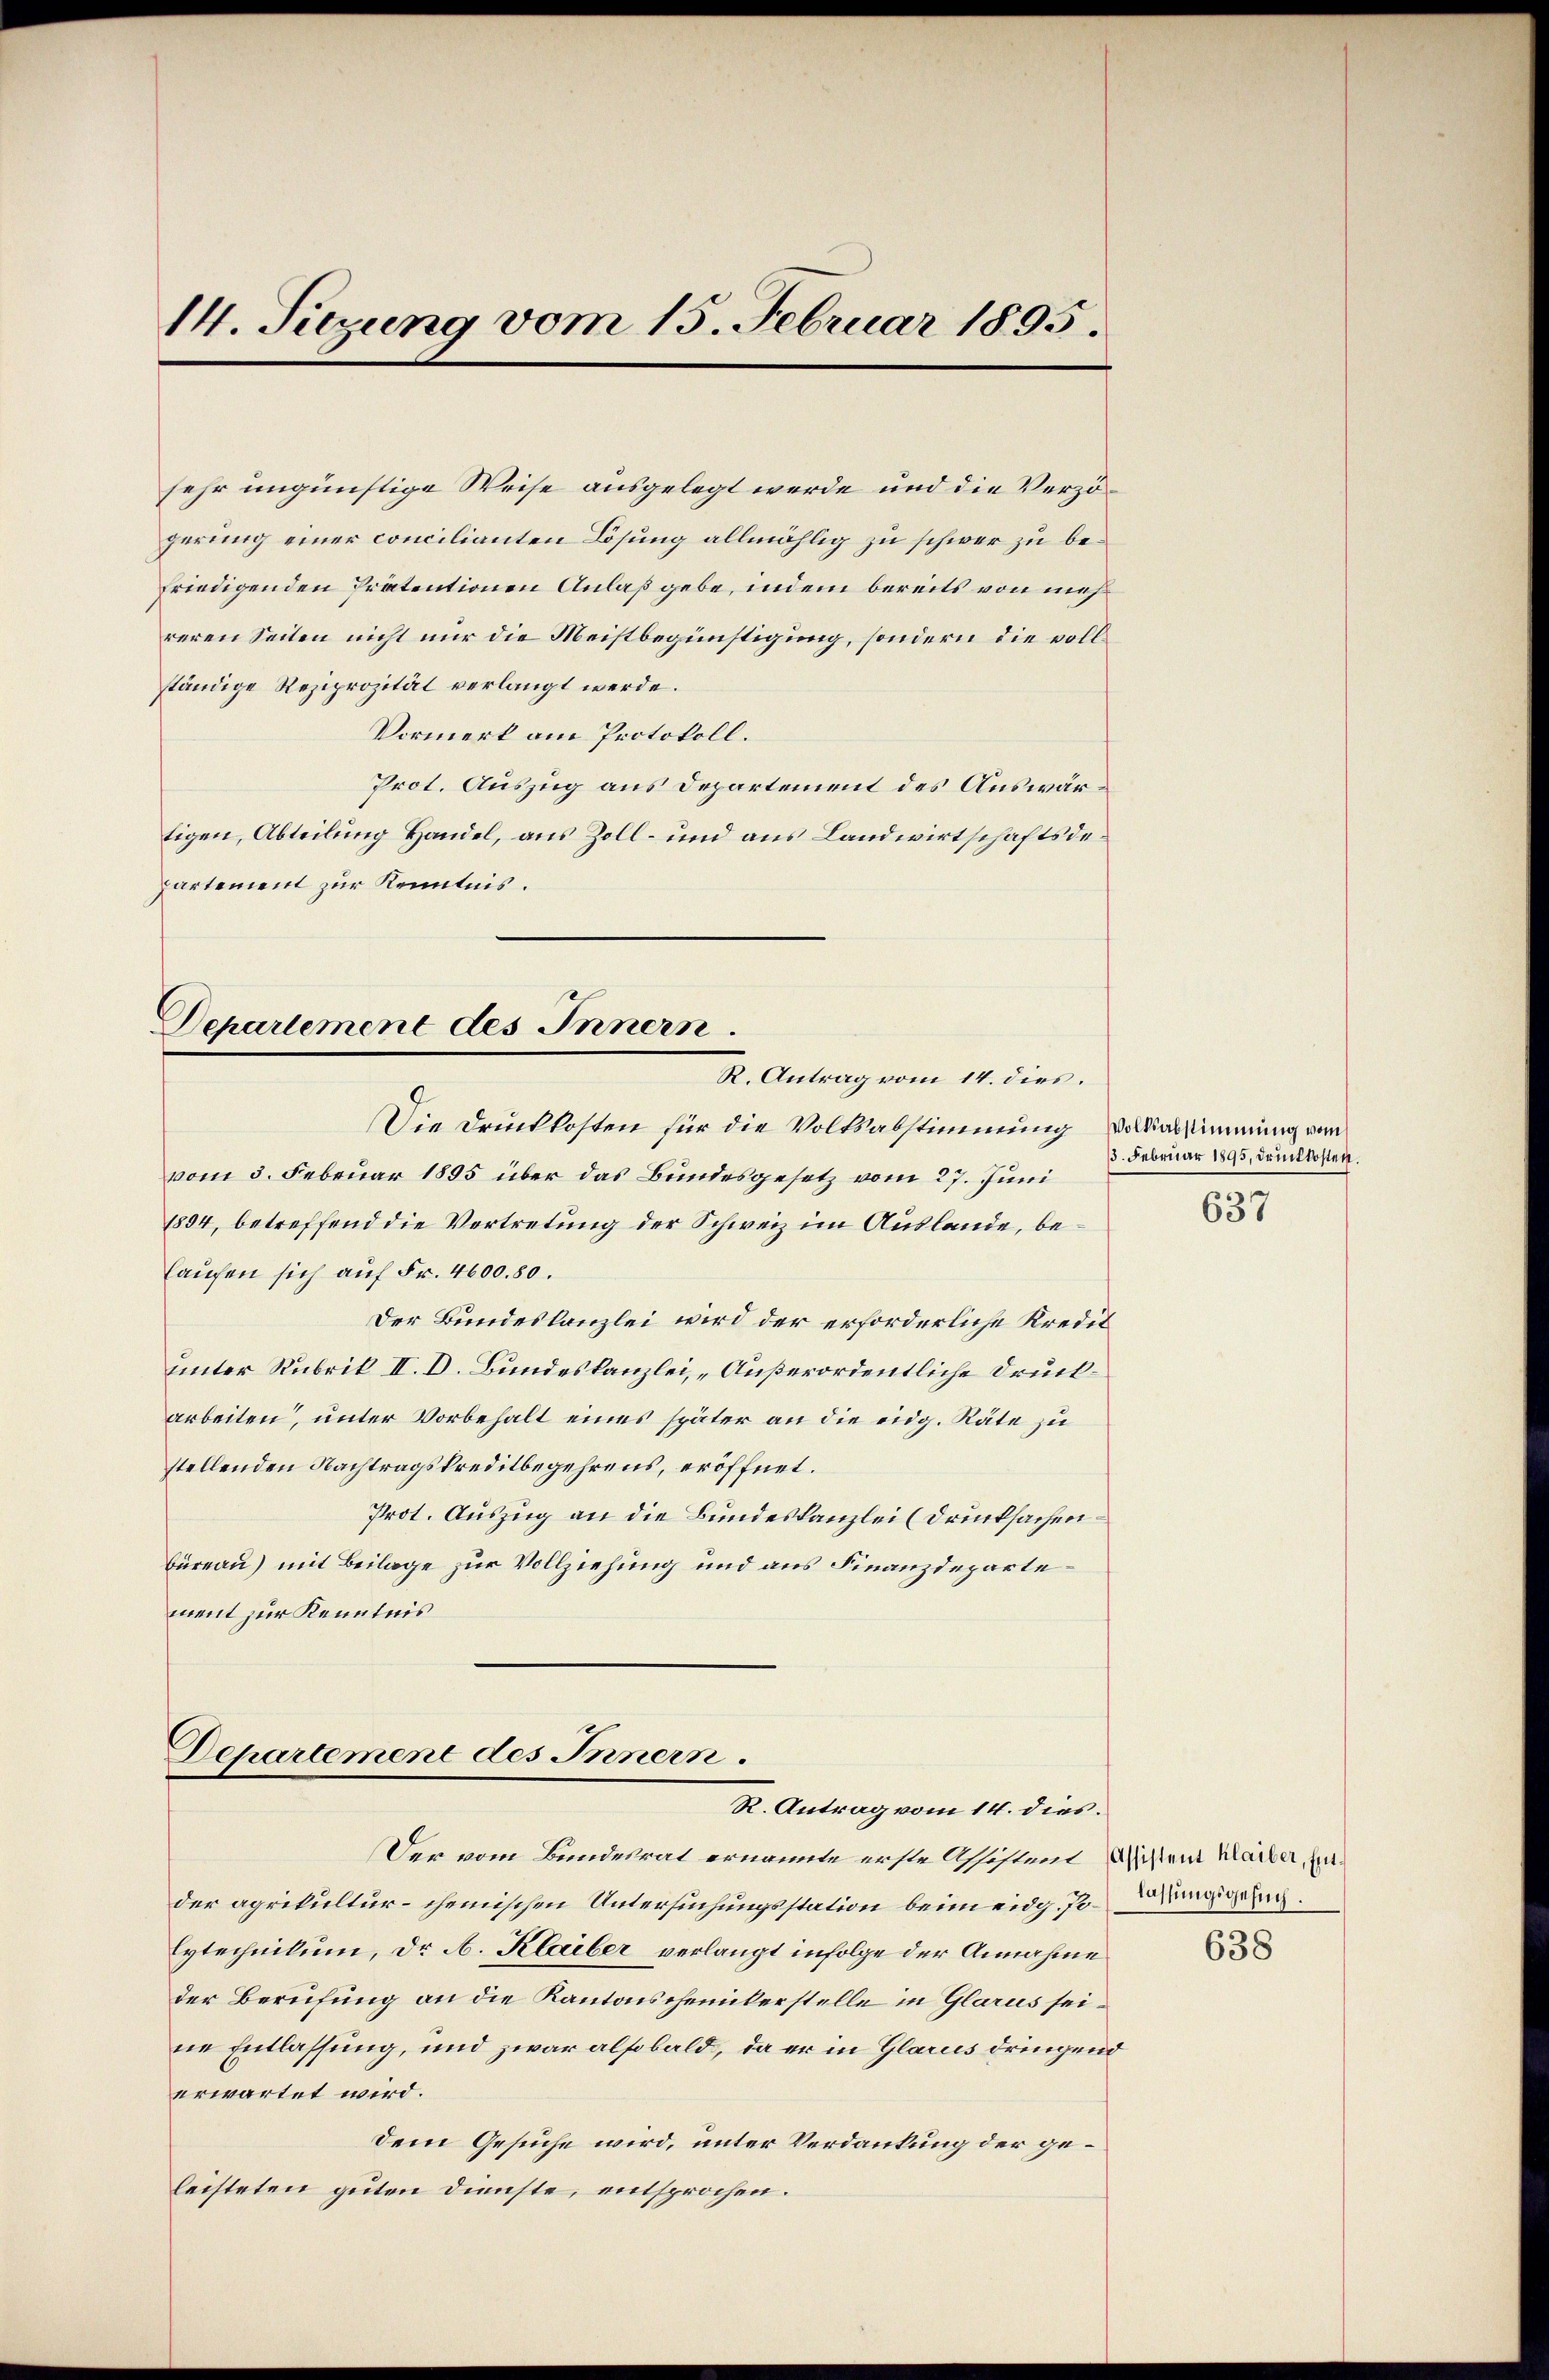
14. Setzung vom 15. Februar 1895.

ständige Reziprozität verlangt werde.
partement zur Kenntnis.

sehr ungünstige Weise ausgelegt werde und die Verzögerung einer concilianten Lösung allmählig zu schwer zu befriedigenden Prätentionen Anlaß gebe, indem bereits von mehreren Seiten nicht nur die Meistbegünstigung, sondern die voll¬
Vormerk am Protokoll.
Prot. Auszug aus Departement des Auswärtigen, Abteilung Handel, aus Zoll- und aus Landwirtschaftsde¬

Departement des Innern.
R. Antrag vom 14. dies.

Die Druckkosten für die Volksabstimmung Volksabstimmung von
vom 3. Februar 1895 über das Bundesgesetz vom 27. Juni
1894, betreffend die Vertretung der Schweiz im Auslande, beauchen sich auf Fr. 4600. 80.
Der Bundeskanzlei wird der erforderliche Kredit
unter Rubrik II. D. Bundeskanzlei, „Außerordentliche Druckarbeiten, unter Vorbehalt eines später an die eidg. Räte zu
stellenden Nachtragskreditbegehrens, eröffnet.
Prot. Auszug an die Bundeskanzlei (drucksachenbüreau) mit Beilage zur Vollziehung und aus Finanzdepartement zur Kenntnis

Departement des Innern.
R. Antrag vom 14. dies.

Der vom Bundesrat ernannte erste Assistent Wissem Kärber, fader agrikultur- chemischen Untersuchungsstation beim eidg. J. Weinigung.
Eytechnikum, Dr A. Klaiber verlangt infolge der Annahme
der Berufung an die Kantonschemikerstelle in Glarus seine Entlassung, und zwar alsobald, da er in Glarus dringend
erwartet wird.
dem Gesuche wird, unter Verdankung der geleisteten guten Dienste, entsprochen.

13. Februar 1895, drückkosten.
637

638